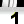
Digit: 1